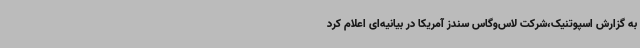
به گزارش اسپوتنیک،شرکت لاس‌وگاس سندز آمریکا در بیانیه‌ای اعلام کرد